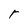
Character: r